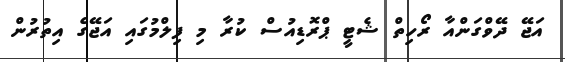
އަޖޭ ދޭވްގަންއާ ރޯހިތް ޝެޓީ ޕްރޮޑިއުސް ކުރާ މި ފިލްމުގައި އަޖޭގެ އިތުރުން